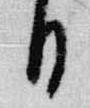
日